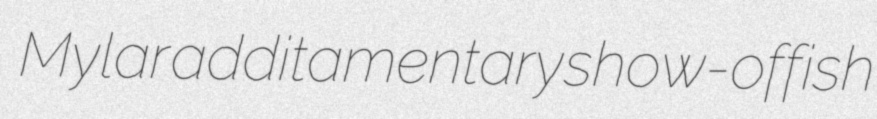
Mylar additamentary show-offish